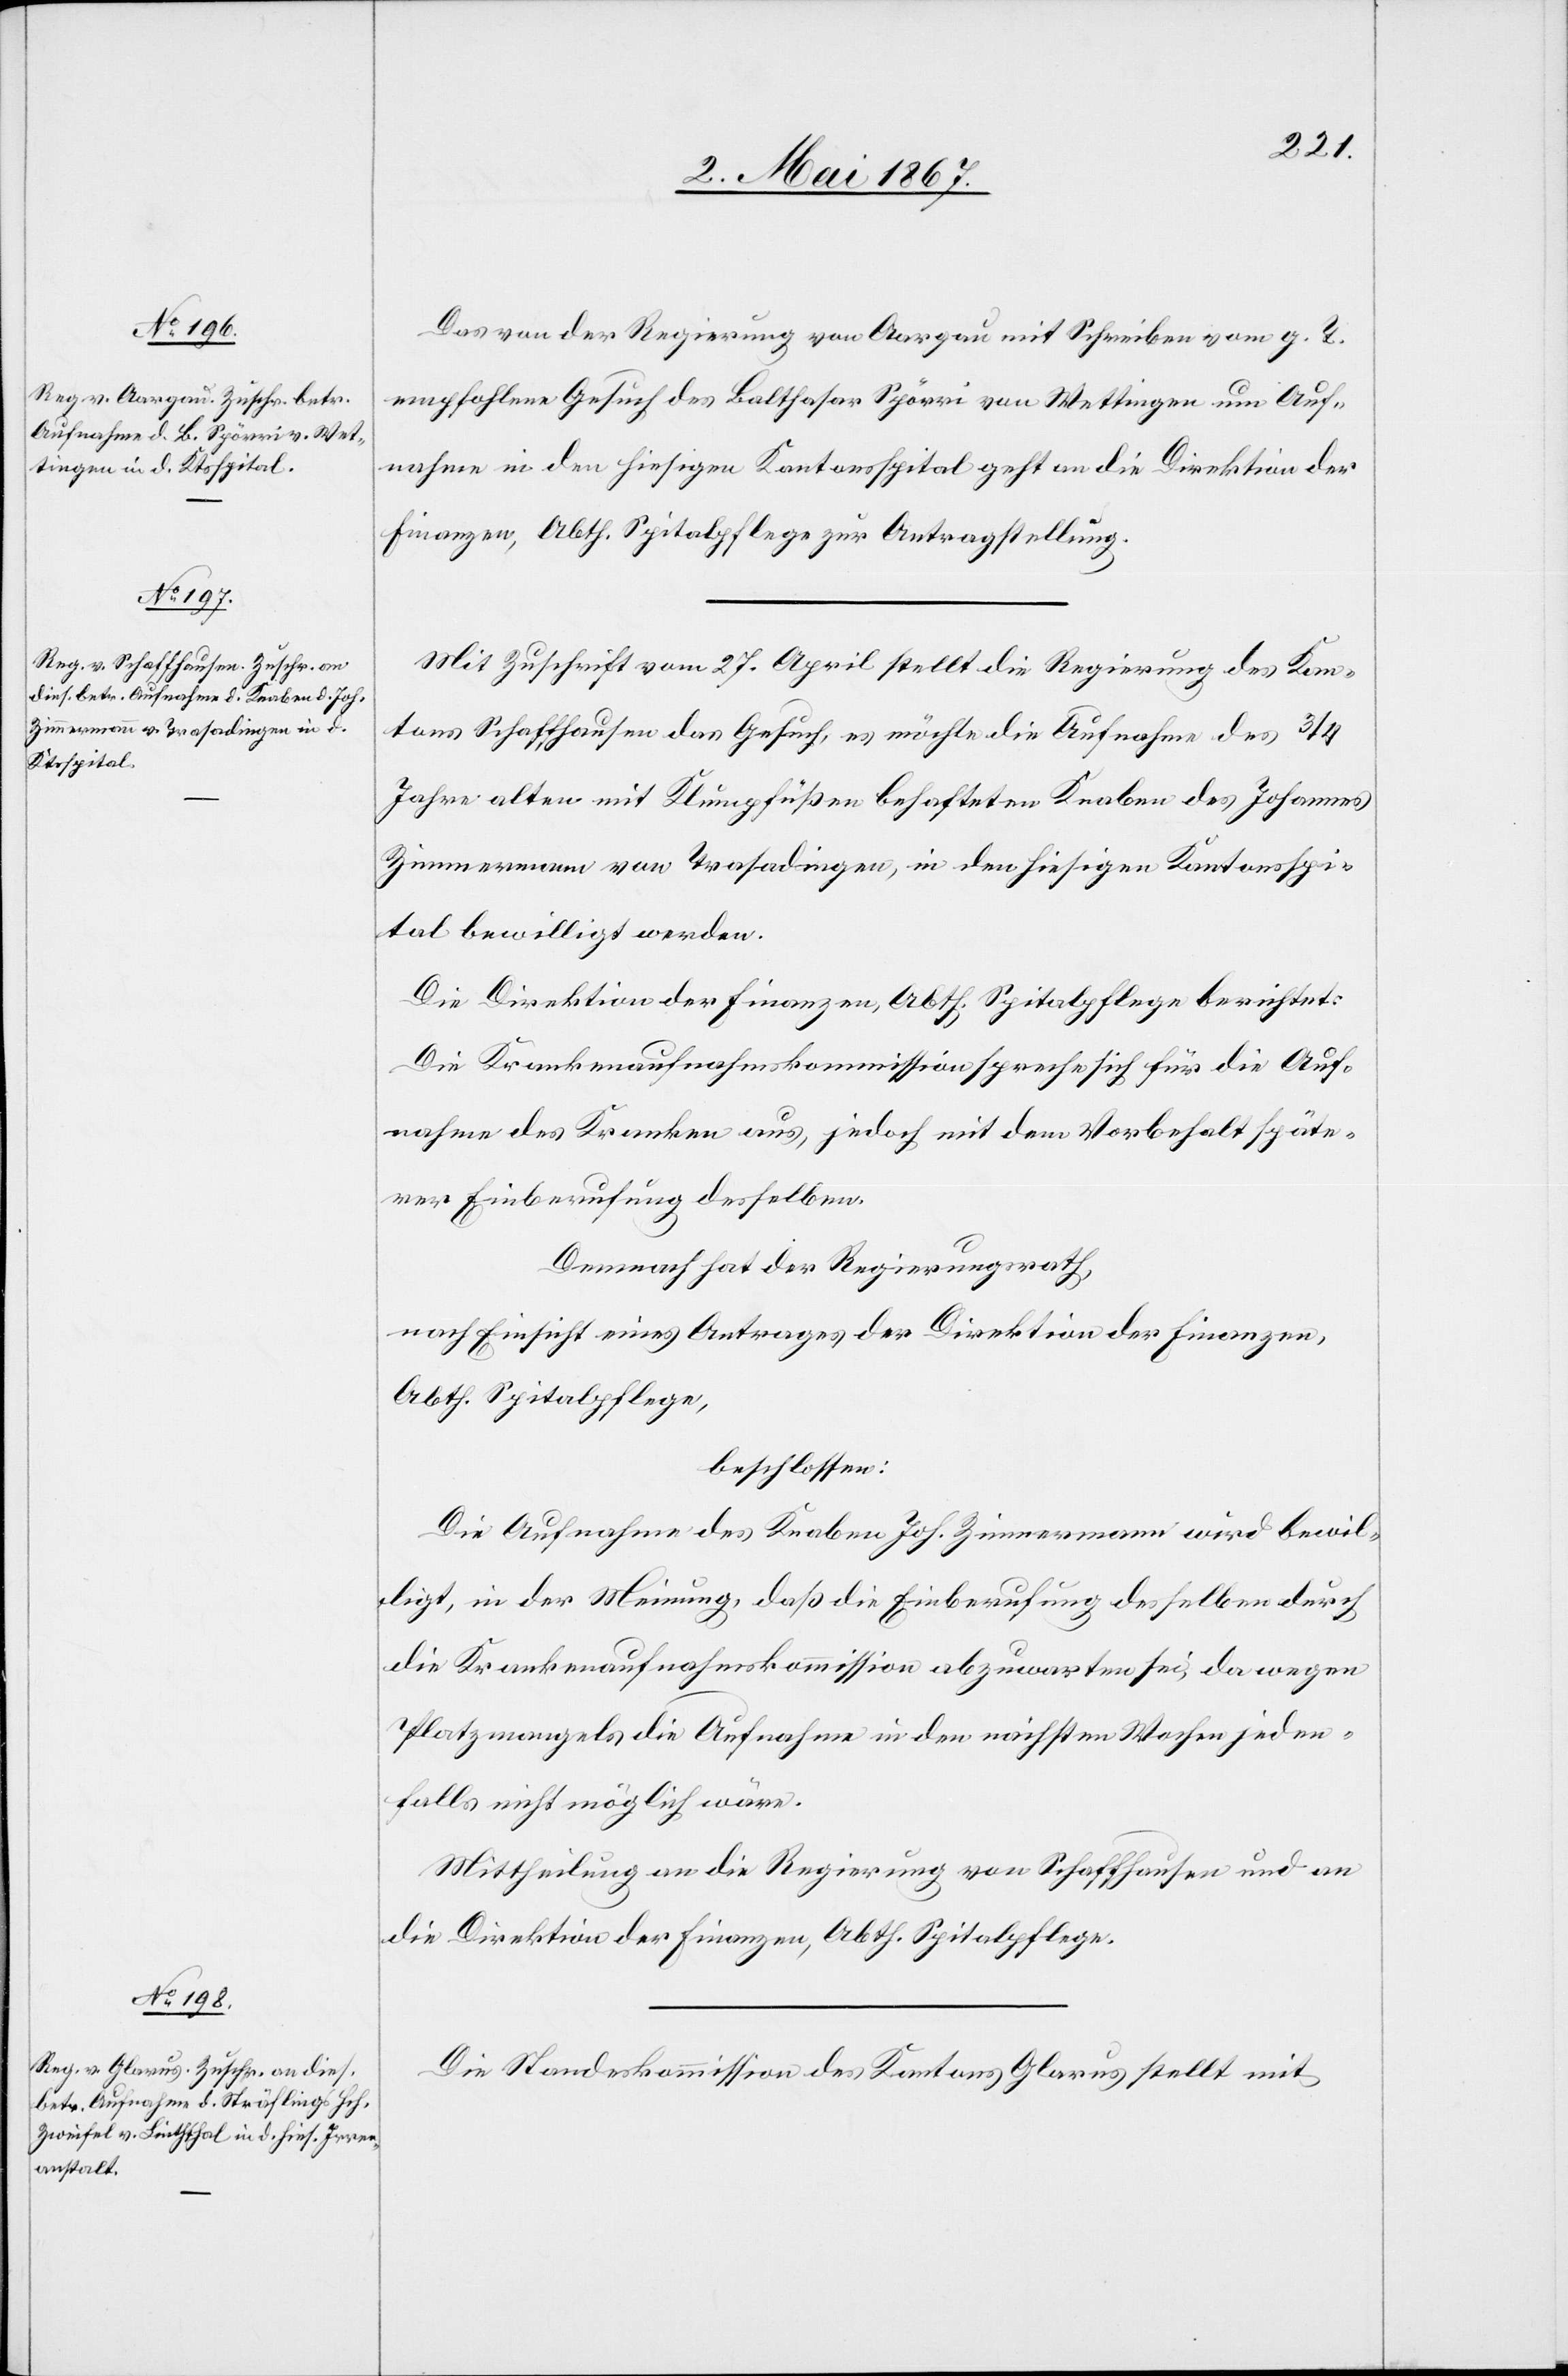
4. Mai 1867.]
Das von der Regierung von Aargau mit Schreiben vom g. T.
empfohlene Gesuch des Balthasar Spörri von Wettingen um Auf¬
nahme in den hiesigen Kantonsspital geht an die Direktion der
Finanzen, Abth. Spitalpflege zur Antragstellung.
Mit Zuschrift vom 27. April stellt die Regierung des Kan¬
tons Schaffhausen das Gesuch, es möchte die Aufnahme des 3/4
Jahre alten mit Klumpfüßen behafteten Knaben des Johannes
Zimmermann von Trasadingen, in den hiesigen Kantonsspi¬
tal bewilligt werden.
Die Direktion der Finanzen, Abth. Spitalpflege berichtet:
Die Krankenaufnahmskommission spreche sich für die Auf¬
nahme des Kranken aus, jedoch mit dem Vorbehalt späte¬
rer Einberufung desselben.
Demnach hat der Regierungsrath,
nach Einsicht eines Antrages der Direktion der Finanzen,
Abth. Spitalpflege,
beschlossen:
Die Aufnahme des Knaben Joh. Zimmermann wird bewil¬
ligt, in der Meinung, daß die Einberufung desselben durch
die Krankenaufnahmskommission abzuwarten sei, da wegen
Platzmangels die Aufnahme in den nächsten Wochen jeden¬
falls nicht möglich wäre.
Mittheilung an die Regierung von Schaffhausen und an
die Direktion der Finanzen, Abth. Spitalpflege.
Die Standeskommission des Kantons Glarus stellt mit